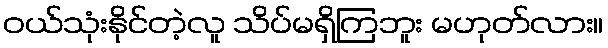
ဝယ်သုံးနိုင်တဲ့လူ သိပ်မရှိကြဘူး မဟုတ်လား။